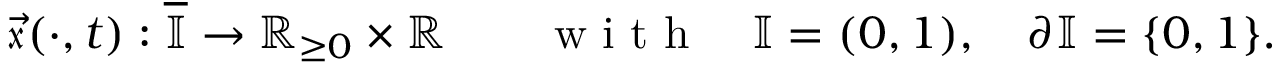
\vec { \mathfrak { x } } ( \cdot , t ) : \overline { { \mathbb { I } } } \to { \mathbb R } _ { \geq 0 } \times { \mathbb R } \qquad \mathrm { ~ w ~ i ~ t ~ h ~ } \quad \mathbb { I } = ( 0 , 1 ) , \quad \partial \mathbb { I } = \{ 0 , 1 \} .